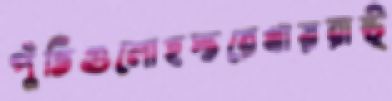
পুঁতিগুলোহস্তরেখায়রাষ্ট্